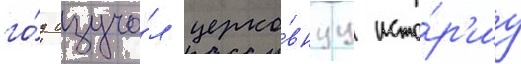
го́д изуча́л церко́внуу исто́р'иу